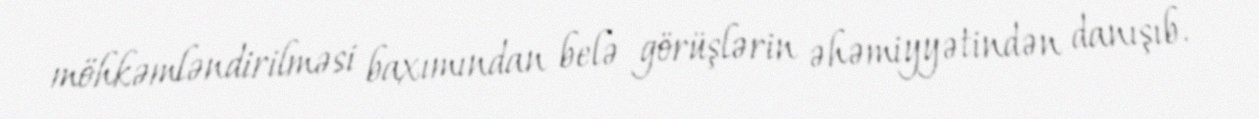
möhkəmləndirilməsi baxımından belə görüşlərin əhəmiyyətindən danışıb.